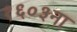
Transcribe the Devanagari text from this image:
१६०३ना